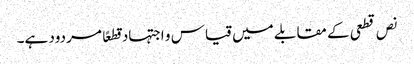
نص قطعی کے مقابلے میں قیاس و اجتہاد قطعًا مردود ہے۔